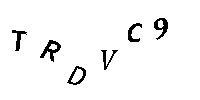
TRDVC9